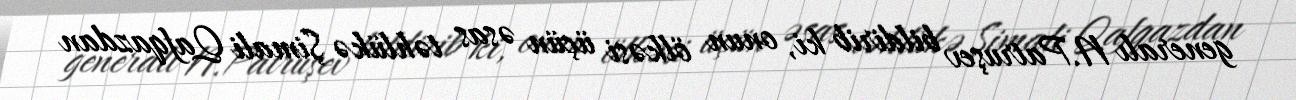
generalı N.Patruşev bildirib ki, onun ölkəsi üçün əsas təhlükə Şimali Qafqazdan